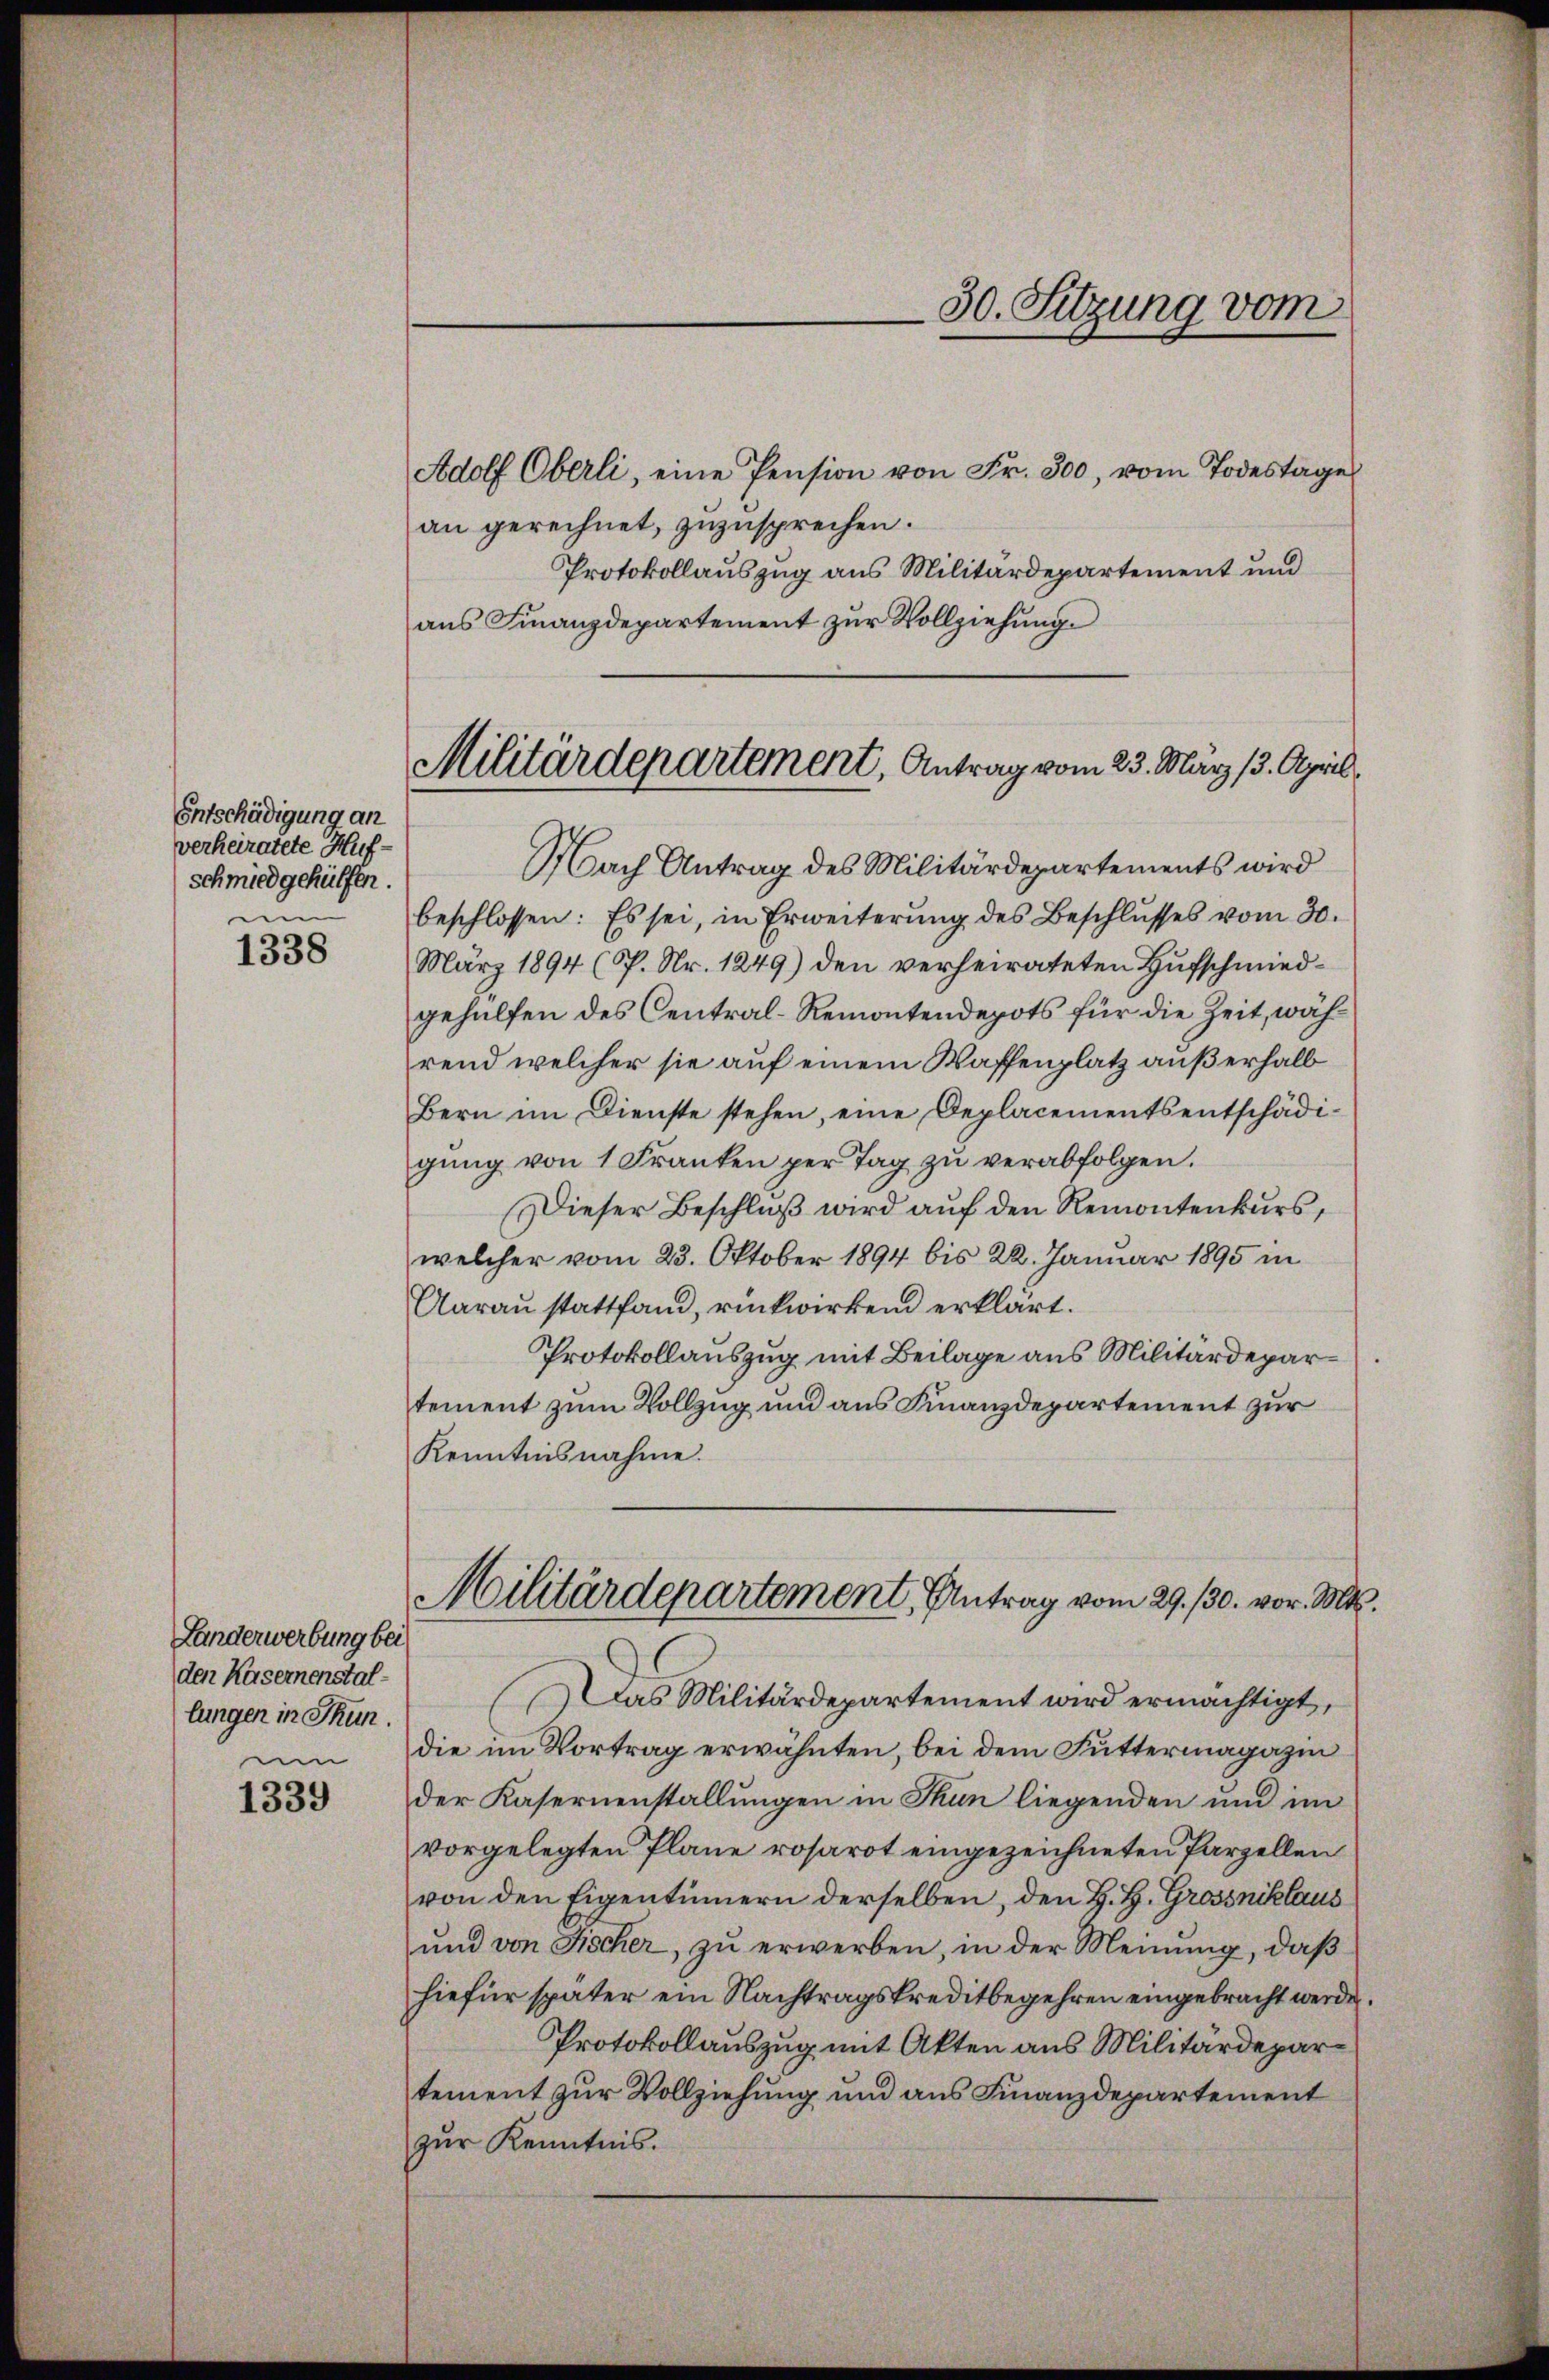
1338

1339

Entschädigung an
verheiratete Hufschmied gehülfen.
ui

Landerwerbung bei
den Kasernenstal-
lungen in Thun.

Militärdepartement, Antrag vom 23. März (3. April

Adolf Oberli, eine Pension von Fr. 300, vom Todestage
an gerechnet, zuzusprechen.
Protokollauszug aus Militärdepartement und
aus Finanzdepartement zur Vollziehung.
Nach Antrag des Militärdepartements wird
beschlossen: Es sei, in Erweiterung des Beschlusses vom 30.
März 1894 (P. Nr. 1249) den verheirateten Hufschmiedgehülfen des Central-Remontendepots für die Zeit, während welcher sie auf einem Waffenplatz außerhalb
Bern im Dienste stehen, eine Deplacements entschädigung von 1 Franken per Tag zu verabfolgen.
Dieser Beschluß wird auf den Remontenkurs,
welcher vom 23. Oktober 1894 bis 22. Januar 1895 in
Aarau stattfand, rückwirkend erklärt.
Protokollauszug mit Beilage aus Militärdepartement zum Vollzug und aus Finanzdepartement zur
Kenntnisnahme.
Militärdepartement, Antrag vom 29./30. vor. Mts.
Das Militärdepartement wird ermächtigt,
um die im Vortrag erwähnten, bei dem Futtermagazin
der Kasernenstallungen in Thun liegenden und im
vorgelegten Plane rosarot eingezeichneten Parzellen
von den Eigentümern derselben, den H. H. Grossniklaus
und von Fischer, zu erwerben, in der Meinung, daß
hiefür später ein Nachtragskreditbegehren eingebracht werden.
Protokollauszug mit Akten aus Militärdepartement zur Vollziehung und aus Finanzdepartement
zur Kenntnis.

30. Sitzung vom